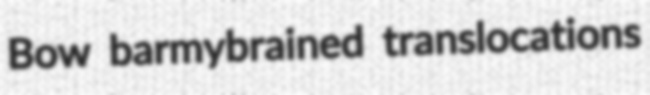
Bow barmybrained translocations